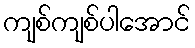
ကျစ်ကျစ်ပါအောင်